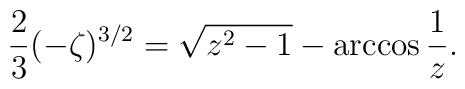
{2\over3}(-\zeta)^{3/2}=\sqrt{z^2-1}-\arccos{1\over z}.